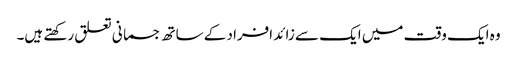
وہ ایک وقت میں ایک سے زائد افراد کے ساتھ جسمانی تعلق رکھتے ہیں۔